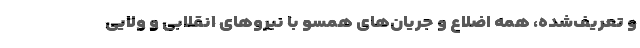
و تعریف‌شده، همه اضلاع و جریان‌های همسو با نیروهای انقلابی و ولایی